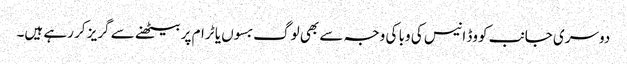
دوسری جانب کووڈ انیس کی وبا کی وجہ سے بھی لوگ بسوں یا ٹرام پر بیٹھنے سے گریز کر رہے ہیں۔